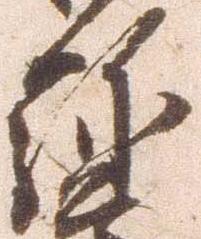
弥